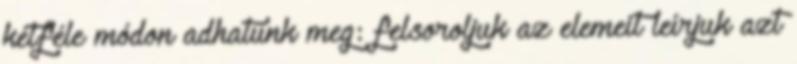
kétféle módon adhatunk meg: felsoroljuk az elemeit leírjuk azt